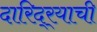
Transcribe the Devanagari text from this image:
दारिद्‌र्‍याची